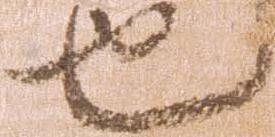
也